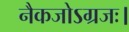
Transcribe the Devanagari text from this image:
नैकजोऽग्रजः।